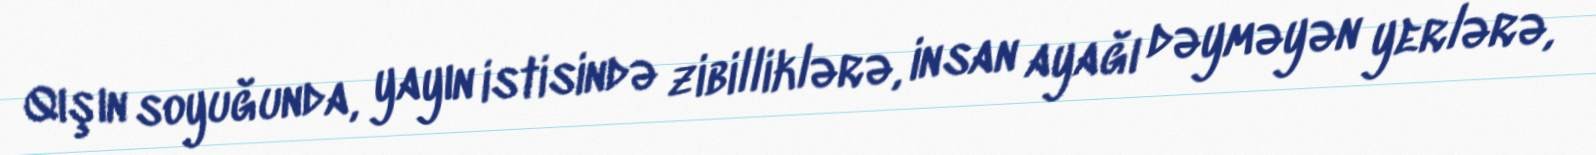
Qışın soyuğunda, yayın istisində zibilliklərə, insan ayağı dəyməyən yerlərə,